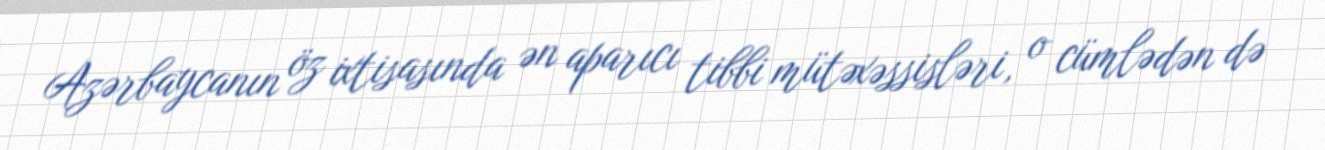
Azərbaycanın öz ixtisasında ən aparıcı tibbi mütəxəssisləri, o cümlədən də